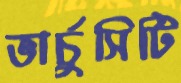
ভার্চুসিটি